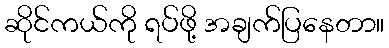
ဆိုင်ကယ်ကို ရပ်ဖို့ အချက်ပြနေတာ။